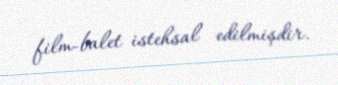
film-balet istehsal edilmişdir.